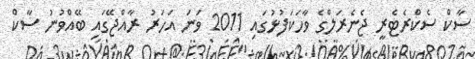
ސާކް ސެކްރެޓެރީ ޖެނެރަލްގެ ވާހަކަފުޅުގައި 2011 ވަނަ އަހަރު ރާއްޖޭގައި ބޭއްވުނު ސާކް